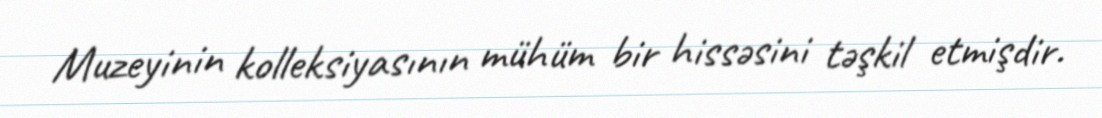
Muzeyinin kolleksiyasının mühüm bir hissəsini təşkil etmişdir.